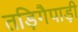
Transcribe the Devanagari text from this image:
तड़िगैपाड़ी